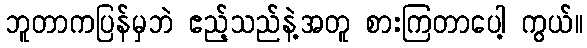
ဘူတာကပြန်မှဘဲ ဧည့်သည်နဲ့အတူ စားကြတာပေါ့ ကွယ်။